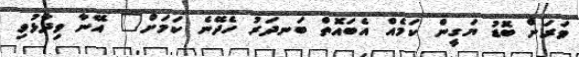
ވަރަށް ބޮޑު ޔަގީން ކަމެއް އެބައޮތް ބަނދަރު ހެދޭނެ ކަމަށް" އޭނާ ވިދާޅުވި